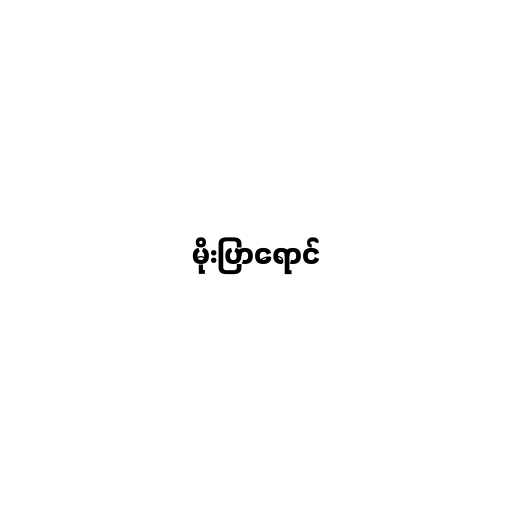
မိုးပြာရောင်